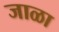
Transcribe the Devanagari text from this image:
जाळा